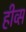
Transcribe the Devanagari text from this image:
हीव्स